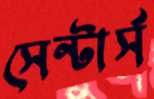
সেন্টার্স